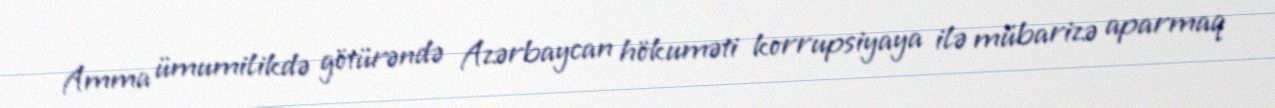
Amma ümumilikdə götürəndə Azərbaycan hökuməti korrupsiyaya ilə mübarizə aparmaq